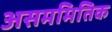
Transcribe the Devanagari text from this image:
असममितिक